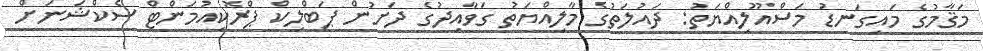
މަޤާމުގެ މައިގަނޑު މަސްއޫލިއްޔަތު: ދައުލަތުގެ މާލިއްޔަތު ގަވާއިދުގެ ދަށުން ޕަބްލިކް ޕްރޮކިއުމަންޓް ސެކްޝަނަށް